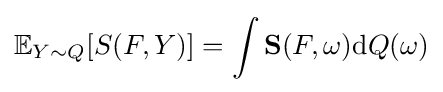
\mathbb {E} _{Y\sim Q}[S(F,Y)]=\int \mathbf {S} (F,\omega )\mathrm {d} Q(\omega )